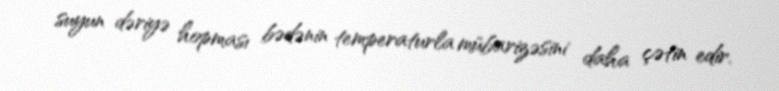
suyun dəriyə hopması bədənin temperaturla mübarizəsini daha çətin edir.